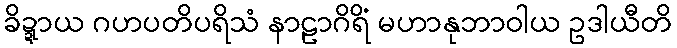
ခိဍ္ဍာယ ဂဟပတိပရိသံ နာဠာဂိရိံ မဟာနုဘာဝါယ ဥဒါယီတိ